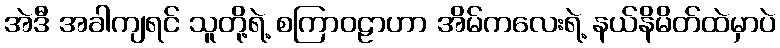
အဲဒီ အခါကျရင် သူတို့ရဲ့ စကြာဝဠာဟာ အိမ်ကလေးရဲ့ နယ်နိမိတ်ထဲမှာပဲ